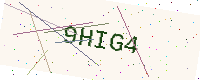
Text: 9HIG4